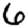
Digit: 6